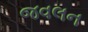
જવલન